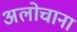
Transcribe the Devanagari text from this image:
अलोचाना